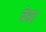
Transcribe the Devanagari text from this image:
वेद्या